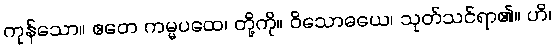
ကုန်သော။ ဧတေ ကမ္မပထေ၊ တို့ကို။ ဝိသောဓယေ၊ သုတ်သင်ရာ၏။ ဟိ၊